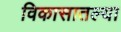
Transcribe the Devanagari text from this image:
विकासातल्या